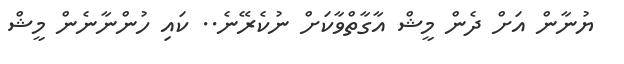
ޔުނާން އަށް ދެން މީޝް އާގާތްވާކަށް ނުކެރޭނެ.. ކައި ހުންނާނެން މީޝް